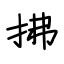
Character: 拂